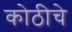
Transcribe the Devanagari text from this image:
कोठीचे